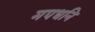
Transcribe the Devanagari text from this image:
मपधनि